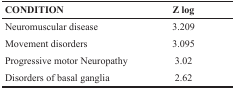
<table><thead><tr><td><b>CONDITION</b></td><td><b>Z log</b></td></tr></thead><tbody><tr><td>Neuromuscular disease</td><td>3.209</td></tr><tr><td>Movement disorders</td><td>3.095</td></tr><tr><td>Progressive motor Neuropathy</td><td>3.02</td></tr><tr><td>Disorders of basal ganglia</td><td>2.62</td></tr></tbody></table>